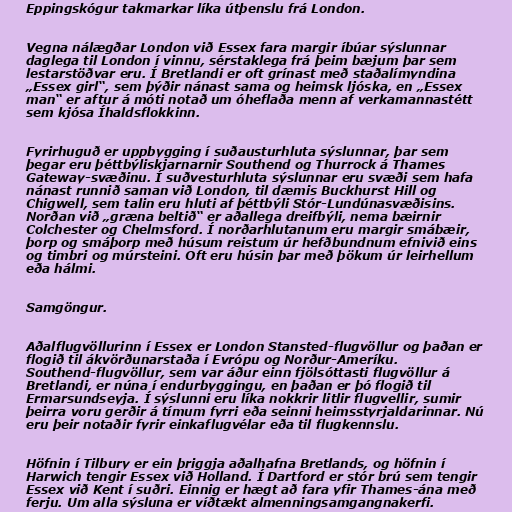
Eppingskógur takmarkar líka útþenslu frá London.

Vegna nálægðar London við Essex fara margir íbúar sýslunnar
daglega til London í vinnu, sérstaklega frá þeim bæjum þar sem
lestarstöðvar eru. Í Bretlandi er oft grínast með staðalímyndina
„Essex girl“, sem þýðir nánast sama og heimsk ljóska, en „Essex
man“ er aftur á móti notað um óheflaða menn af verkamannastétt
sem kjósa Íhaldsflokkinn.

Fyrirhuguð er uppbygging í suðausturhluta sýslunnar, þar sem
þegar eru þéttbýliskjarnarnir Southend og Thurrock á Thames
Gateway-svæðinu. Í suðvesturhluta sýslunnar eru svæði sem hafa
nánast runnið saman við London, til dæmis Buckhurst Hill og
Chigwell, sem talin eru hluti af þéttbýli Stór-Lundúnasvæðisins.
Norðan við „græna beltið“ er aðallega dreifbýli, nema bæirnir
Colchester og Chelmsford. Í norðarhlutanum eru margir smábæir,
þorp og smáþorp með húsum reistum úr hefðbundnum efnivið eins
og timbri og múrsteini. Oft eru húsin þar með þökum úr leirhellum
eða hálmi.

Samgöngur.

Aðalflugvöllurinn í Essex er London Stansted-flugvöllur og þaðan er
flogið til ákvörðunarstaða í Evrópu og Norður-Ameríku.
Southend-flugvöllur, sem var áður einn fjölsóttasti flugvöllur á
Bretlandi, er núna í endurbyggingu, en þaðan er þó flogið til
Ermarsundseyja. Í sýslunni eru líka nokkrir litlir flugvellir, sumir
þeirra voru gerðir á tímum fyrri eða seinni heimsstyrjaldarinnar. Nú
eru þeir notaðir fyrir einkaflugvélar eða til flugkennslu.

Höfnin í Tilbury er ein þriggja aðalhafna Bretlands, og höfnin í
Harwich tengir Essex við Holland. Í Dartford er stór brú sem tengir
Essex við Kent í suðri. Einnig er hægt að fara yfir Thames-ána með
ferju. Um alla sýsluna er víðtækt almenningsamgangnakerfi.